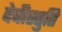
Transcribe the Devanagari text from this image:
देवीस्तुति